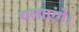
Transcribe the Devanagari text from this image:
चलाएंगे।